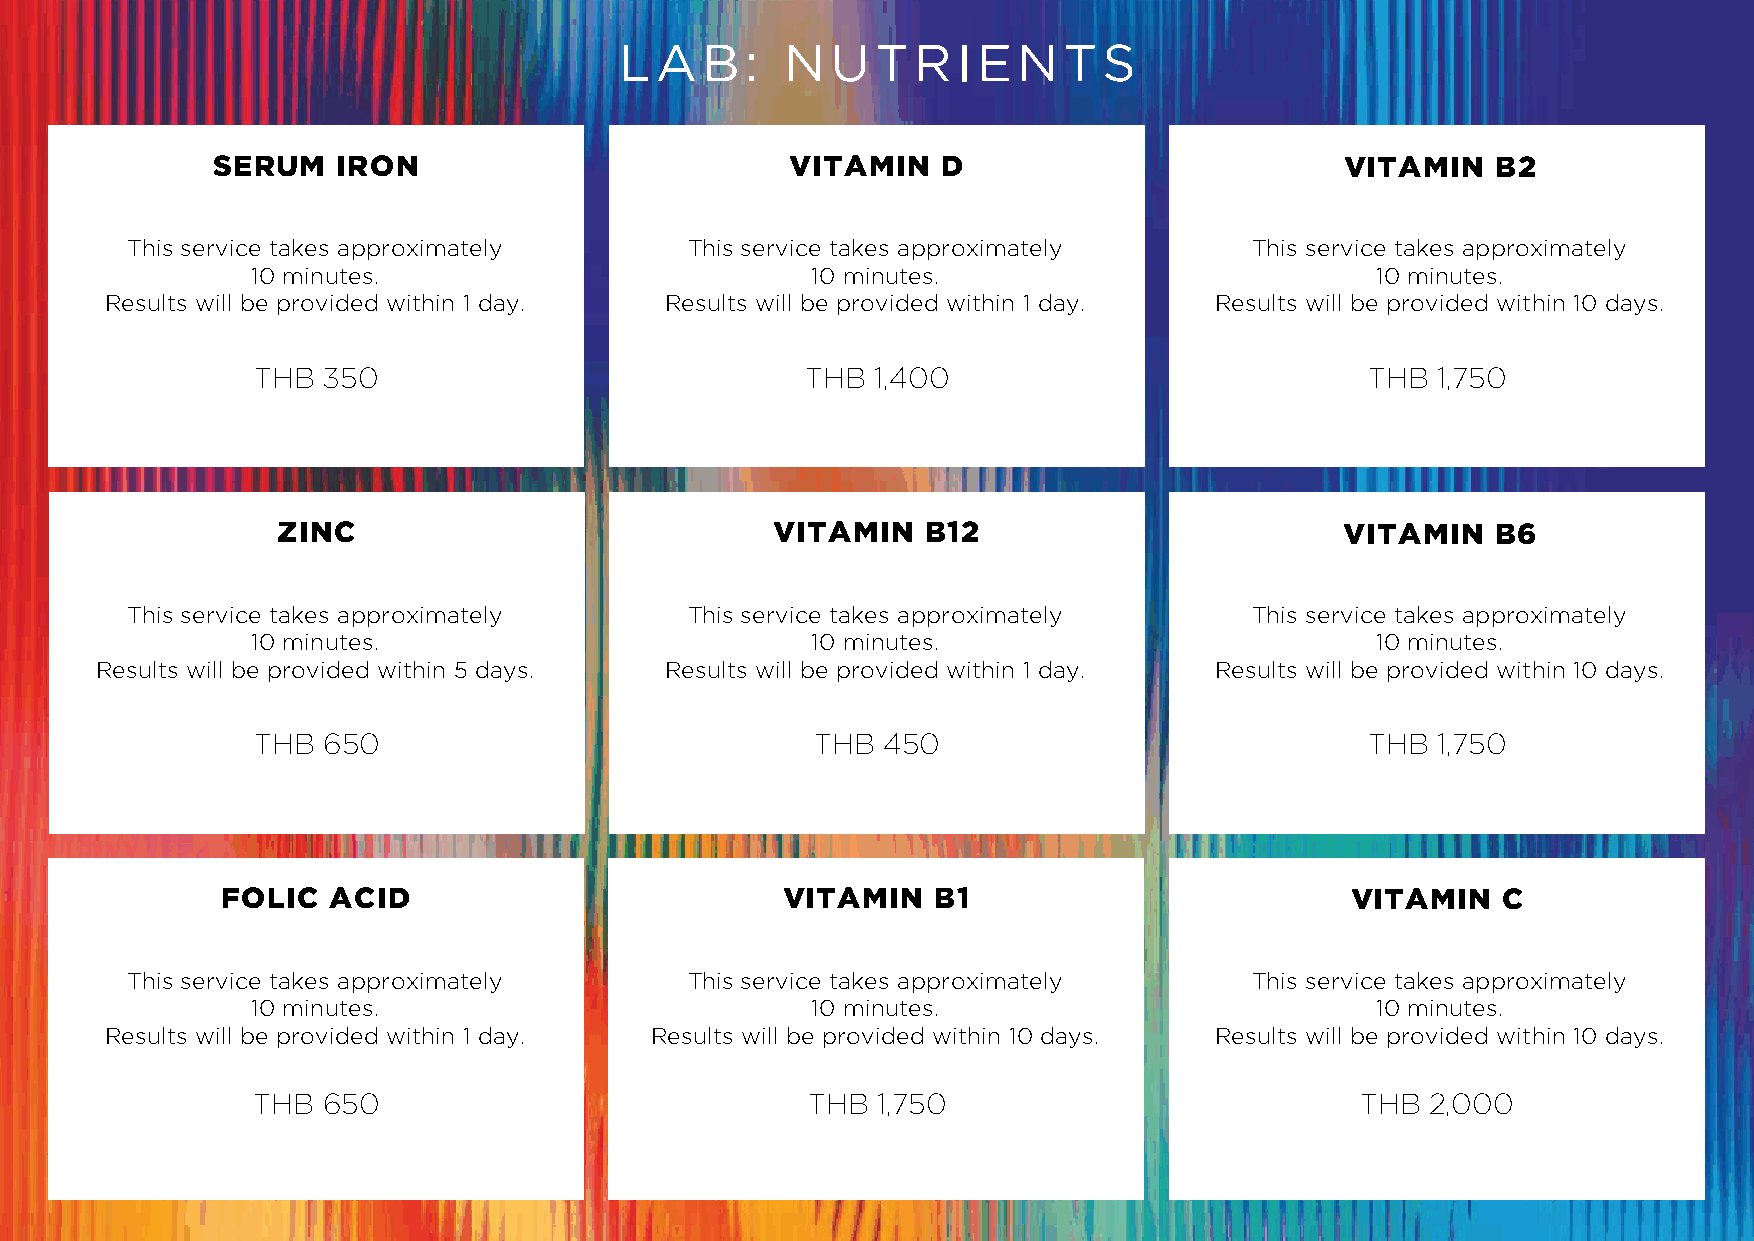
LAB:       NUTRIENTS
 SERUM   IRON                          VITAMIN   D                          VITAMIN   B2
 This service takes approximately      This service takes approximately     This service takes approximately
 10 minutes.                          10 minutes.                          10 minutes.
 Results will be provided within 1 day. Results will be provided within 1 day. Results will be provided within 10 days.
 THB 350                             THB  1,400                            THB 1,750
 ZINC                             VITAMIN   B12                         VITAMIN   B6
 This service takes approximately      This service takes approximately     This service takes approximately
 10 minutes.                          10 minutes.                          10 minutes.
 Results will be provided within 5 days. Results will be provided within 1 day. Results will be provided within 10 days.
 THB 650                              THB 450                              THB 1,750
 FOLIC  ACID                          VITAMIN   B1                         VITAMIN   C
 This service takes approximately      This service takes approximately     This service takes approximately
 10 minutes.                          10 minutes.                          10 minutes.
 Results will be provided within 1 day. Results will be provided within 10 days. Results will be provided within 10 days.
 THB 650                             THB  1,750                           THB  2,000